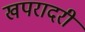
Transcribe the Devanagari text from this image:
खपरादरी